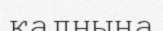
қалнына